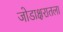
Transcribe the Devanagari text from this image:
जोडाक्षरातला